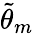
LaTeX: \widetilde{\theta}_{m}